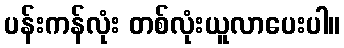
ပန်းကန်လုံး တစ်လုံးယူလာပေးပါ။